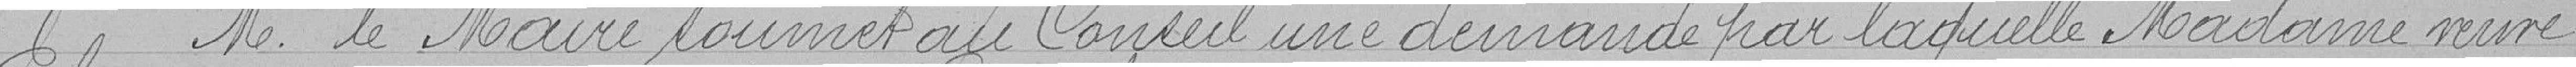
M. le Maire soumet au Conseil une demande par laquelle Madame veuve